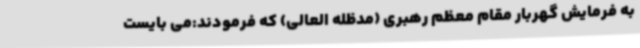
به فرمایش گهربار مقام معظم رهبری (مدظله العالی) که فرمودند:می بایست